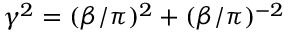
\gamma ^ { 2 } = ( \beta / \pi ) ^ { 2 } + ( \beta / \pi ) ^ { - 2 }